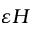
\varepsilon H